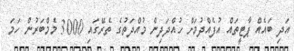
އަދި ބައެއް ޕާޓީތައް އުފެއްދުމަށް ހުއްދަދިން މުއްދަތުގެ ތެރޭގައި 3000 މެމްބަރުން ހަމަ